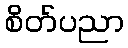
စိတ်ပညာ